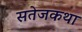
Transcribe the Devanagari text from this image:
सतेजकथा